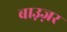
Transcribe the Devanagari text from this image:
बाउ़ज़र